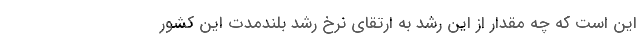
این است که چه مقدار از این رشد به ارتقای نرخ رشد بلندمدت این کشور